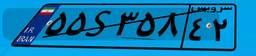
۶۷S۵۰۳۰۸